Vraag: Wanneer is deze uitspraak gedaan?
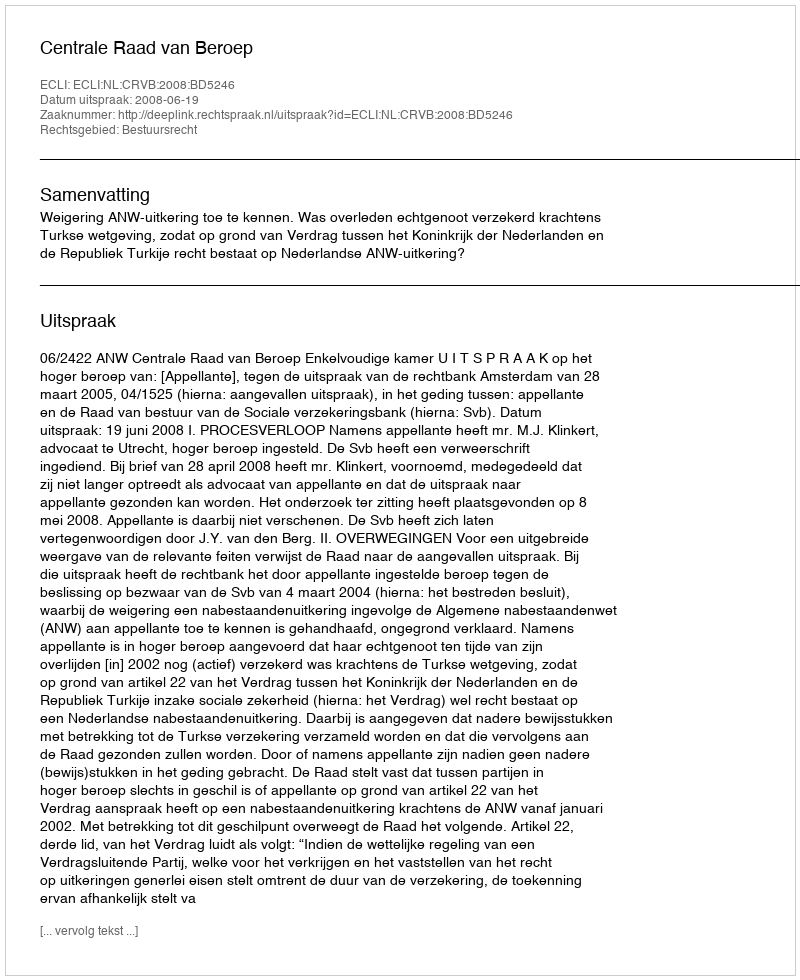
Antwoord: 2008-06-19